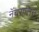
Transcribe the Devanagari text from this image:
नॅचरालिस